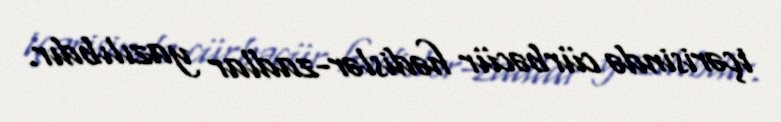
içərisində cürbəcür hədislər-zadlar yazılıbdır.